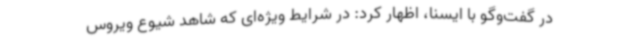
در گفت‌وگو با ایسنا، اظهار کرد: در شرایط ویژه‌ای که شاهد شیوع ویروس